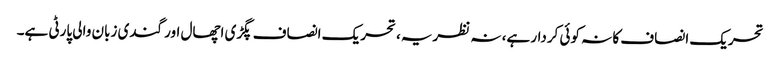
تحریک انصاف کا نہ کوئی کردار ہے، نہ نظریہ، تحریک انصاف پگڑی اچھال اور گندی زبان والی پارٹی ہے۔